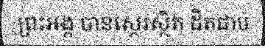
ព្រះអង្គ បានស្ថេរស្ថិត ដិតជាប់